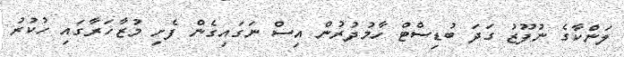
ލަންކާގެ ނުފޫޒު ގަދަ ބުޑިސްޓް ހާމުދުރުން އިސް ނަގައިގެން ފެށި މުޒާހަރާގައި ހުކުރު